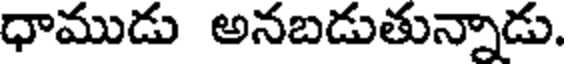
ధాముడు అనబడుతున్నాడు.